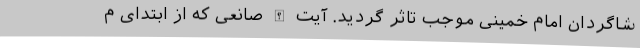
شاگردان امام خمینی موجب تاثر گردید. آیت الله صانعی که از ابتدای م